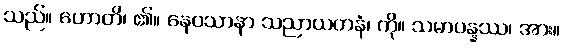
သည်။ ဟောတိ၊ ၏။ နေဝသာနာ သညာယတနံ၊ ကို။ သမာပန္နဿ၊ အား။